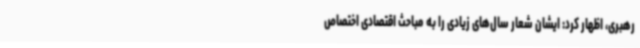
رهبری، اظهار کرد: ایشان شعار سال‌های زیادی را به مباحث اقتصادی اختصاص